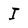
Character: I